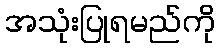
အသုံးပြုရမည်ကို